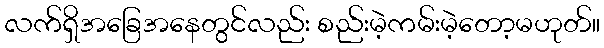
လက်ရှိအခြေအနေတွင်လည်း စည်းမဲ့ကမ်းမဲ့တော့မဟုတ်။